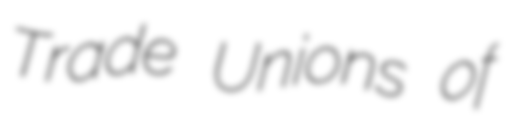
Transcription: Trade Unions of